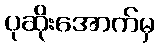
ပုဆိုးအောက်မှ